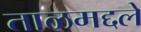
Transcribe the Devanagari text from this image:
ताळमद्दले